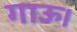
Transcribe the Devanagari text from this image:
गाऊ।